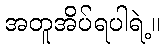
အတူအိပ်ရပါရဲ့။